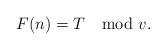
LaTeX: \begin{align*}F(n) = T \mod v.\end{align*}